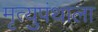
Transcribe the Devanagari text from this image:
मृत्युपंथाला